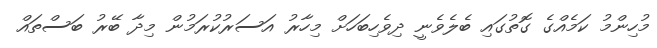
މުހިންމު ކަމެއްގެ ގޮތުގައި ބެލެވެނީ ދިވެހިބަހަށް މިހާރު އަސަރުކުރަމުން މިދާ ބޭރު ބަސްތައް